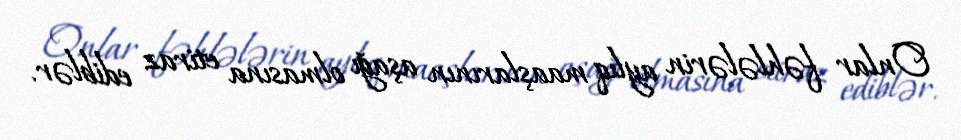
Onlar fəhlələrin aylıq maaşlarının aşağı olmasına etiraz ediblər.